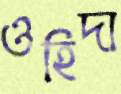
ওহিদা